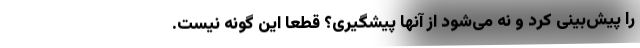
را پیش‌بینی کرد و نه می‌شود از آنها پیشگیری؟ قطعاً این گونه نیست.